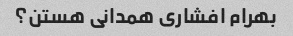
بهرام افشاری همدانی هستن؟